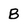
Character: B